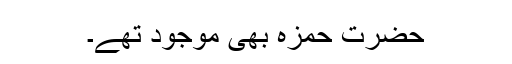
حضرت حمزہؓ بھی موجود تھے۔